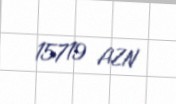
15719 AZN